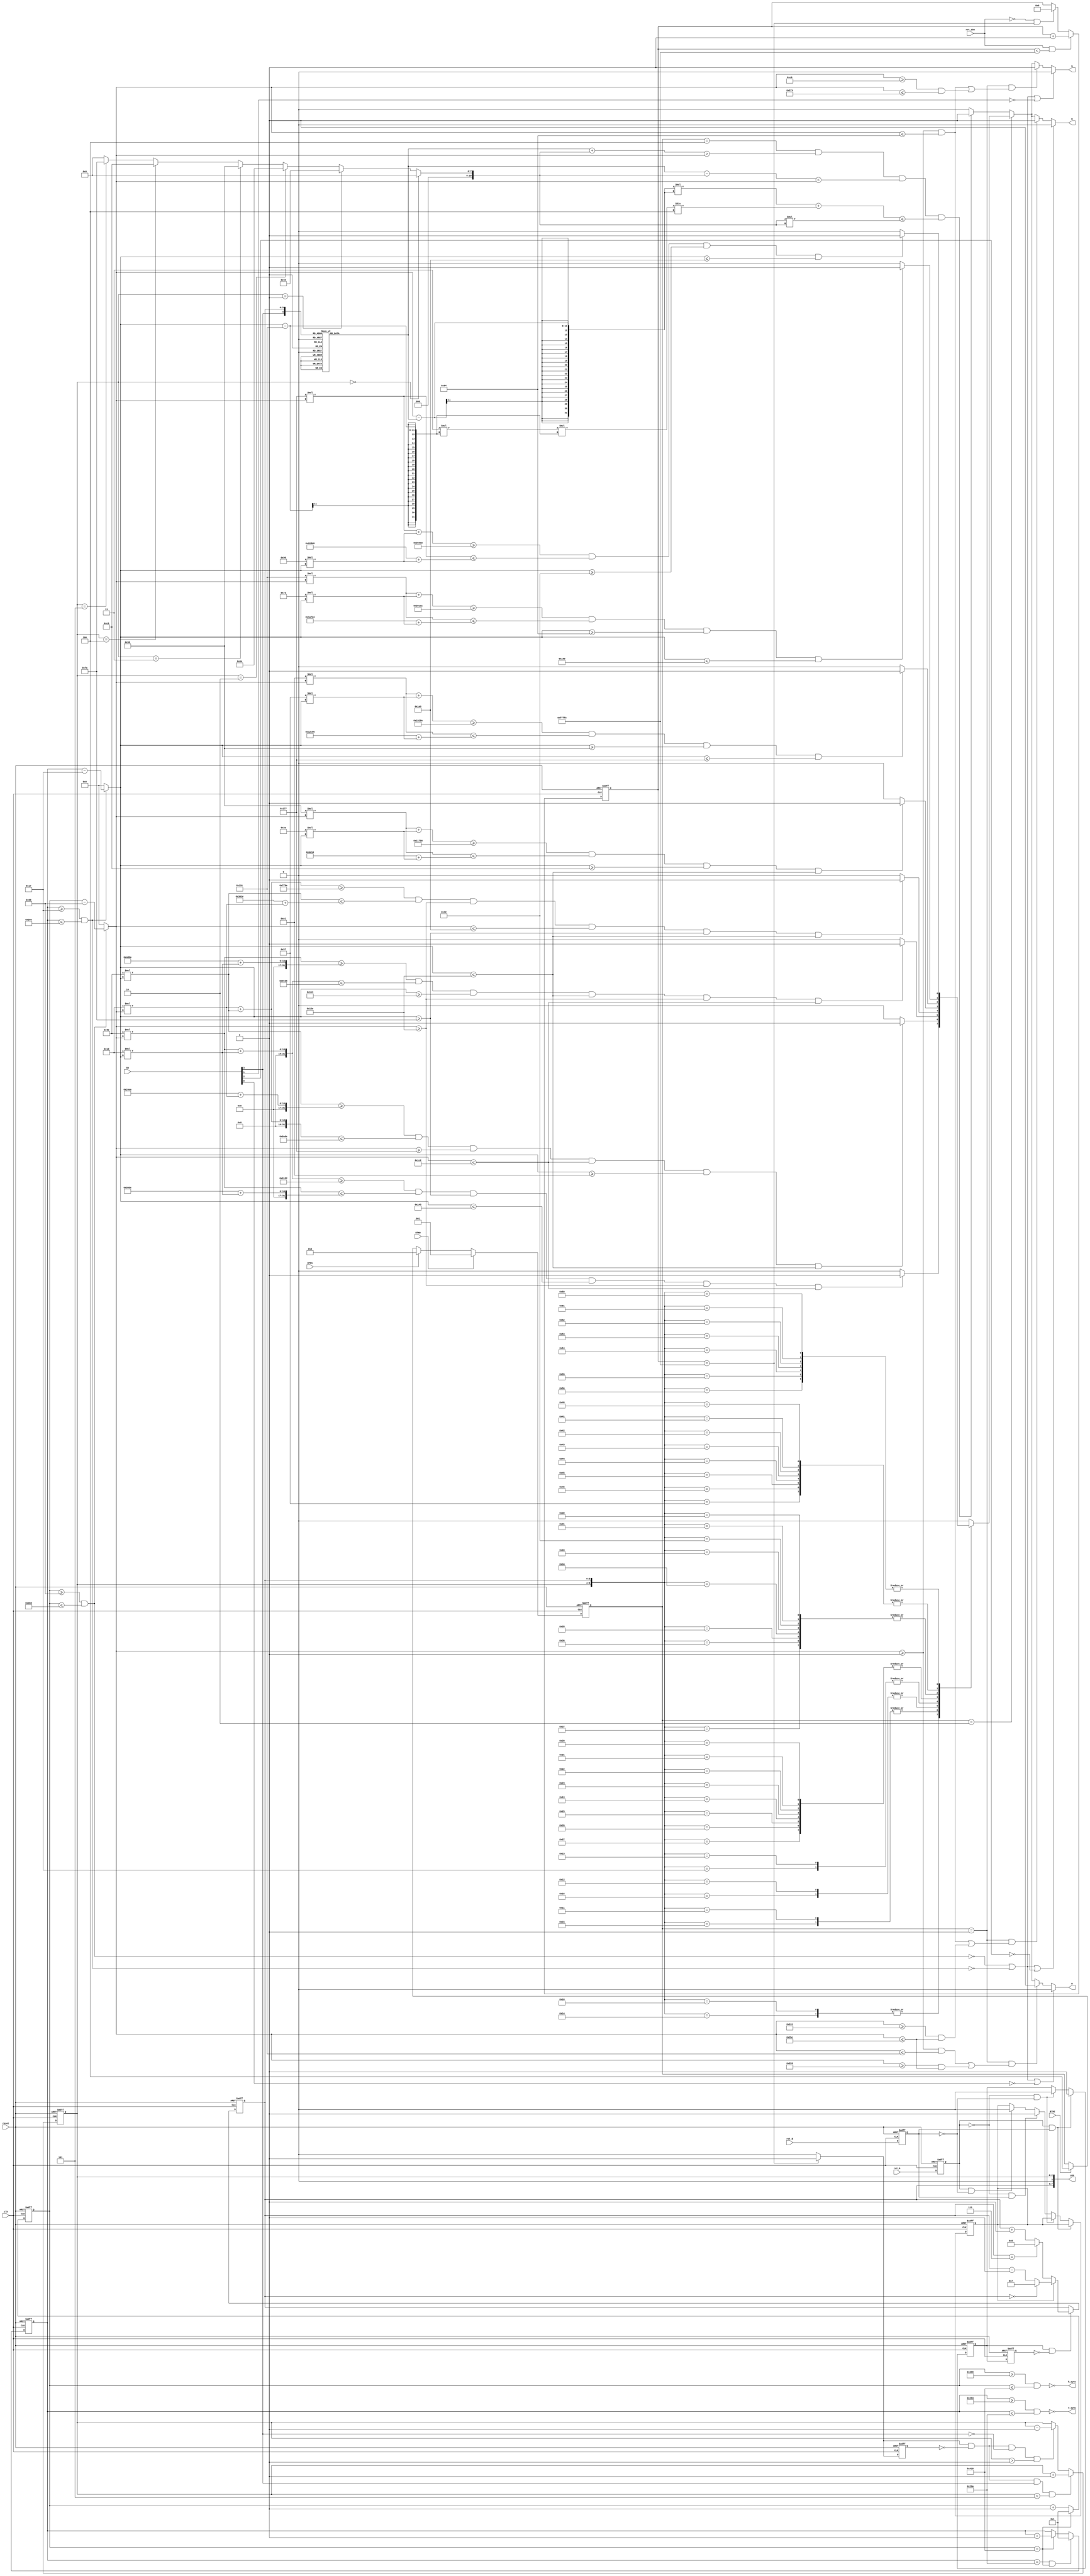
module fpga3(
    input [3:0] SW,
    input rot_A, input rot_B, input rot_dwn,
    input BTN0, input BTN1, input BTN2,
    input reset, input clk,
    output [7:0] LED,
	 output R, output G, output B,
	 output h_sync, output v_sync
    );

reg[10:0] H_scan,V_scan;
wire H_on , V_on;
wire[10:0] X_pix , Y_pix;
reg RR , GG , BB;
reg[2:0] pattn;
reg[3:0] rot_indx;
reg[19:0] debcnt;
reg scal2;
wire scal1,scal_change;
reg[2:0] pattn_scal;
reg dett_A,dett_B,deb_A,deb_B,deb_AA;
wire[10:0] RAD;
reg[10:0] X_cntr;
wire R210,R220,R230,R240,R250,R212,R214,R216/*,R222,R224,R226,R217,R211,R213,R215*/;
wire G210,G220,G230,G240,G250,G212,G214,G216;
wire B210,B220,B230,B240,B250,B212,B214,B216;


// block for H_scan: 1-1040 
always@(posedge reset or posedge clk)
	if(reset)
		H_scan= 11'h000;
	else if(H_scan== 11'd1040)
		H_scan= 11'h001;
	else
		H_scan= H_scan+11'h001; 
// block for V_scan: 1-666 
always@(posedge reset or posedge clk)
	if(reset)
		V_scan= 11'h000;
	else if(V_scan== 11'd666 && H_scan== 11'd1040 )
		V_scan= 11'h001;
	else if(H_scan== 11'd1040)
		V_scan= V_scan+11'h001; 
	else
		V_scan= V_scan;

// block for H_on and V_on
assign  H_on= (H_scan>= 11'd0105 && H_scan<= 11'd0904);
assign  V_on= (V_scan>= 11'd0023 && V_scan<= 11'd0622);
// block for h_sync and v_sync
assign  h_sync= ~(H_scan>= 11'd0921 && H_scan<= 11'd1040);
assign  v_sync= ~(V_scan>= 11'd0659 && V_scan<= 11'd0666);
// block for X_pix and Y_pix
assign  X_pix= (H_scan>=11'd0105 && H_scan<=11'd0904)? H_scan - 11'd0105 : 11'd0000;
assign  Y_pix= (V_scan>=11'd0023 && V_scan<=11'd0622)? V_scan - 11'd0023 : 11'd0000;

assign  R= RR;
assign  G= GG;            			  
assign  B= BB;

always@(*)
	if(~H_on || ~V_on || ~SW[0])
		RR=1'b0;
	else if(pattn==3'b001 && ((X_pix>=11'd0001 && X_pix<=11'd0300) || (X_pix>=11'd0601 && X_pix<=11'd0700)))
		RR= 1'b1;
	else if(pattn==3'b010)
		case({pattn_scal, rot_indx}) //3+4
			7'b0010000,7'b0010100:RR= R210;
			7'b0010001,7'b0010101:RR= R212; 
			7'b0010010,7'b0010110:RR= R214;
			7'b0010011,7'b0010111:RR= R216;
			
			7'b0100000,7'b0100001,7'b0100010,7'b0100011,
			7'b0100100,7'b0100101,7'b0100110,7'b0100111:
						RR= R220;
			7'b0110000,7'b0110001,7'b0110010,7'b0110011,   	
			7'b0110100,7'b0110101,7'b0110110,7'b0110111:
						RR= R230;
			7'b1000000,7'b1000001,7'b1000010,7'b1000011,   	
			7'b1000100,7'b1000101,7'b1000110,7'b1010111:
						RR= R240;	
			7'b1010000,7'b1010001,7'b1010010,7'b1010011,
			7'b1010100,7'b1010101,7'b1010110,7'b1010111:
						RR= R250;
			default:RR= 1'b0;
	    endcase				
	else if(pattn==3'b100 &&(X_cntr+RAD)>X_pix&&(X_cntr-RAD)<X_pix&& (X_pix-X_cntr)*(X_pix-X_cntr)+3*(Y_pix-300)*(Y_pix-300)/4<=RAD*RAD)
		RR= 1'b1;

				/*if(X_pix>=X_cntr)
			if(Y_pix >= 300)
				if((X_pix-X_cntr)*(X_pix-X_cntr)*4+3*(Y_pix-300)*(Y_pix-300)<=4*RAD*RAD)
					RR= 1'b1;
		/*else 
			if()*/
	else
		RR= 1'b0;	
// - - - - - - - - - - - subfunctional modules
//assign R210= (-75*X_pix-29*Y_pix>-37250)? 0:
//		     (-75*X_pix+29*Y_pix<-22750)? 0:
//		     (Y_pix>325)?                 0:
//		     (Y_pix<250)?                 0: 1; 

//---------------------------
assign R210= (75*X_pix+29*Y_pix>=37250 && 75*X_pix<=22750+29*Y_pix && Y_pix>=250 && Y_pix<=325 && X_pix>=350 && X_pix<=450)? 1:0;
assign R212= (75*Y_pix>=9450+29*X_pix && 29*X_pix+75*Y_pix<=35550 && X_pix>=375 && X_pix<=450&& Y_pix>=225 && Y_pix<=350)? 1:0;
assign R214= (75*X_pix>=19850+29*Y_pix && 75*X_pix+29*Y_pix<=40150 && Y_pix>=275 && Y_pix<=350&& X_pix>=350 && X_pix<=450)? 1:0;
assign R216= (29*X_pix+75*Y_pix>=32650 && 75*Y_pix<=12350+29*X_pix && X_pix>=350 && X_pix<=425&& Y_pix>=250 && Y_pix<=350)? 1:0;

assign R220= (150*X_pix+58*Y_pix>=71600 &&  150*X_pix<=48400+58*Y_pix && Y_pix>=200 && Y_pix<=350)? 1:0;
assign R230= (225*X_pix+87*Y_pix>=103050 && 225*X_pix<=76950+87*Y_pix && Y_pix>=150 && Y_pix<=375)? 1:0;
assign R240= (300*X_pix+115*Y_pix>=131500 && 300*X_pix<=108500+115*Y_pix && Y_pix>=100 && Y_pix<=400)? 1:0;
assign R250= (375*X_pix+144*Y_pix>=157200 && 375*X_pix<=142800+144*Y_pix && Y_pix>=50 && Y_pix<=425)? 1:0;

//---------------------------
//assign G210= (75*X_pix+29*Y_pix>=37250 && 75*X_pix<=22750+29*Y_pix && Y_pix>=250 && Y_pix<=325)? 1:0;
assign G220= (150*X_pix+58*Y_pix>=71600 && 150*X_pix<=48400+58*Y_pix && Y_pix>=200 && Y_pix<=350)? 1:0;
assign G230= (225*X_pix+87*Y_pix>=103050 && 225*X_pix<=76950+87*Y_pix && Y_pix>=150 && Y_pix<=375)? 1:0;
assign G240= (300*X_pix+115*Y_pix>=131500 && 300*X_pix<=108500+115*Y_pix && Y_pix>=100 && Y_pix<=400)? 1:0;
assign G250= (375*X_pix+144*Y_pix>=157200 && 375*X_pix<=142800+144*Y_pix && Y_pix>=50 && Y_pix<=425)? 1:0;

assign G210= (75*X_pix+29*Y_pix>=37250 && 75*X_pix<=22750+29*Y_pix && Y_pix>=250 && Y_pix<=325 && X_pix>=350 && X_pix<=450)? 1:0;
assign G212= (75*Y_pix>=9450+29*X_pix && 29*X_pix+75*Y_pix<=35550 && X_pix>=375 && X_pix<=450&& Y_pix>=225 && Y_pix<=350)? 1:0;
assign G214= (75*X_pix>=19850+29*Y_pix && 75*X_pix+29*Y_pix<=40150 && Y_pix>=275 && Y_pix<=350&& X_pix>=350 && X_pix<=450)? 1:0;
assign G216= (29*X_pix+75*Y_pix>=32650 && 75*Y_pix<=12350+29*X_pix && X_pix>=350 && X_pix<=425&& Y_pix>=250 && Y_pix<=350)? 1:0;
//---------------------------
//assign B210= (75*X_pix+29*Y_pix>=37250 && 75*X_pix<=22750+29*Y_pix && Y_pix>=250 && Y_pix<=325)? 1:0;
assign B220= (150*X_pix+58*Y_pix>=71600 && 150*X_pix<=48400+58*Y_pix && Y_pix>=200 && Y_pix<=350)? 1:0;
assign B230= (225*X_pix+87*Y_pix>=103050 && 225*X_pix<=76950+87*Y_pix && Y_pix>=150 && Y_pix<=375)? 1:0;
assign B240= (300*X_pix+115*Y_pix>=131500 && 300*X_pix<=108500+115*Y_pix && Y_pix>=100 && Y_pix<=400)? 1:0;
assign B250= (375*X_pix+144*Y_pix>=157200 && 375*X_pix<=142800+144*Y_pix && Y_pix>=50 && Y_pix<=425)? 1:0;
/*
assign B212= (75*Y_pix>=9450+29*X_pix && 29*X_pix+75*Y_pix<=35550 && X_pix>=375 && X_pix<=450)? 1:0;
assign B216= (29*X_pix+75*Y_pix>=32650 && 75*Y_pix<=12350+29*X_pix && X_pix>=350 && X_pix<=425)? 1:0;
assign B214= (75*X_pix>=19850+29*Y_pix && 75*X_pix+29*Y_pix<=40150 && Y_pix>=275 && Y_pix<=350)? 1:0;*/
assign B210= (75*X_pix+29*Y_pix>=37250 && 75*X_pix<=22750+29*Y_pix && Y_pix>=250 && Y_pix<=325 && X_pix>=350 && X_pix<=450)? 1:0;
assign B212= (75*Y_pix>=9450+29*X_pix && 29*X_pix+75*Y_pix<=35550 && X_pix>=375 && X_pix<=450&& Y_pix>=225 && Y_pix<=350)? 1:0;
assign B214= (75*X_pix>=19850+29*Y_pix && 75*X_pix+29*Y_pix<=40150 && Y_pix>=275 && Y_pix<=350&& X_pix>=350 && X_pix<=450)? 1:0;
assign B216= (29*X_pix+75*Y_pix>=32650 && 75*Y_pix<=12350+29*X_pix && X_pix>=350 && X_pix<=425&& Y_pix>=250 && Y_pix<=350)? 1:0;

/*assign R222= (150*Y_pix>=9450*2+58*X_pix && 58*X_pix+150*Y_pix<=35550*2 && X_pix>=300 && X_pix<=475)? 1:0;
assign R224= (150*X_pix>=19850*2+58*Y_pix && 150*X_pix+58*Y_pix<=2*40150 && Y_pix>=175 && Y_pix<=375)? 1:0;
assign R226= (58*X_pix+150*Y_pix>=32650*2 && 150*Y_pix<=12350*2+58*X_pix && X_pix>=300 && X_pix<=600)? 1:0;*/

     /*
assign R211= (22*X_pix+83*Y_pix>=31565 && 83*X_pix+22*Y_pix<=41935 && 61*X_pix-61*Y_pix>=3965)? 1:0;
assign R215= (-83*X_pix-22*Y_pix<=-37665 && -22*X_pix-83*Y_pix>=-35835 && 61*X_pix-61*Y_pix<=8235)? 1:0;
assign R213= (61*X_pix+61*Y_pix>=40565 && 83*X_pix-22*Y_pix<=28735 && -22*X_pix+83*Y_pix<=18235)? 1:0;
assign R217= (83*X_pix-22*Y_pix>=24465 && 22*X_pix-83*Y_pix<=-13965 && -61*X_pix-61*Y_pix>=-44835)? 1:0;
*/

always@(*)
	if(~H_on || ~V_on || ~SW[1])
		GG=1'b0;
	else if(pattn==3'b001 && ((X_pix>=11'd0001 && X_pix<=11'd0100) || (X_pix>=11'd0201 && X_pix<=11'd0500)))
		GG= 1'b1;
	else if(pattn==3'b010)
		case({pattn_scal, rot_indx}) //3+4
			7'b0010000,7'b0010100:GG= G210;
			7'b0010001,7'b0010101:GG= G212; 
			7'b0010010,7'b0010110:GG= G214;
			7'b0010011,7'b0010111:GG= G216;
			
			7'b0100000,7'b0100001,7'b0100010,7'b0100011,
			7'b0100100,7'b0100101,7'b0100110,7'b0100111:
						GG= G220;
			7'b0110000,7'b0110001,7'b0110010,7'b0110011,   	
			7'b0110100,7'b0110101,7'b0110110,7'b0110111:
						GG= G230;
			7'b1000000,7'b1000001,7'b1000010,7'b1000011,   	
			7'b1000100,7'b1000101,7'b1000110,7'b1010111:
						GG= G240;	
			7'b1010000,7'b1010001,7'b1010010,7'b1010011,
			7'b1010100,7'b1010101,7'b1010110,7'b1010111:
						GG= G250;
			default:GG= 1'b0; 
	    endcase				
	else if(pattn==3'b100 &&(X_cntr+RAD)>X_pix&&(X_cntr-RAD)<X_pix&& (X_pix-X_cntr)*(X_pix-X_cntr)+3*(Y_pix-300)*(Y_pix-300)/4<=RAD*RAD)
		GG= 1'b1;
		/*temp = 
		if(X_pix>=X_cntr)begin
			if(Y_pix >= 300)begin
				if((X_pix-X_cntr)*(X_pix-X_cntr)*4+3*(Y_pix-300)*(Y_pix-300)<=4*RAD*RAD)
					GG= 1'b1;
			end else begin
				if((X_pix-X_cntr)*(X_pix-X_cntr)*4+3*(300-Y_pix)*(300-Y_pix)<=4*RAD*RAD)
					GG= 1'b1;
			end
		end else begin
			if(Y_pix >= 300)begin
				if((X_cntr-X_pix)*(X_cntr-X_pix)*4+3*(Y_pix-300)*(Y_pix-300)<=4*RAD*RAD)
					GG= 1'b1;
			end else begin
				if((X_cntr-X_pix)*(X_cntr-X_pix)*4+3*(300-Y_pix)*(300-Y_pix)<=4*RAD*RAD)
					GG= 1'b1;
			end
		end
*/
	else                                         
		GG= 1'b0;
// - - - - - - - - - - - - subfunctional modules


always@(*)
	if(~H_on || ~V_on || ~SW[2])
		BB=1'b0;
	else if(pattn==3'b001 && ((X_pix>=11'd0001 && X_pix<=11'd0100) || (X_pix>=11'd0401 && X_pix<=11'd0700)))
		BB= 1'b1;
    else if(pattn==3'b010)
		case({pattn_scal, rot_indx}) //3+4
			7'b0010000,7'b0010100:BB= B210;
			7'b0010001,7'b0010101:BB= B212; 
			7'b0010010,7'b0010110:BB= B214;
			7'b0010011,7'b0010111:BB= B216;
			
			7'b0100000,7'b0100001,7'b0100010,7'b0100011,
			7'b0100100,7'b0100101,7'b0100110,7'b0100111:
						BB= B220;
			7'b0110000,7'b0110001,7'b0110010,7'b0110011,   	
			7'b0110100,7'b0110101,7'b0110110,7'b0110111:
						BB= B230;
			7'b1000000,7'b1000001,7'b1000010,7'b1000011,   	
			7'b1000100,7'b1000101,7'b1000110,7'b1010111:
						BB= B240;	
			7'b1010000,7'b1010001,7'b1010010,7'b1010011,
			7'b1010100,7'b1010101,7'b1010110,7'b1010111:
						BB= B250;
			default:BB= 1'b0;
	    endcase				
	else if(pattn==3'b100 &&(X_cntr+RAD)>X_pix&&(X_cntr-RAD)<X_pix&& (X_pix-X_cntr)*(X_pix-X_cntr)+3*(Y_pix-300)*(Y_pix-300)/4<=RAD*RAD)
		BB= 1'b1;

	else
		BB= 1'b0;
// - - - - - - - - subfunctional modules


// block for operating mode settings
always@(posedge reset or posedge clk)
	if(reset)
		pattn<= 3'b000;           
	else if(BTN0)
		pattn<= 3'b001;      // display of 8 vertical bars
	else if(BTN1)
		pattn<= 3'b010;      // display of triangle 
	else if(BTN2)
		pattn<= 3'b100;      // display of circles
	else
		pattn<= pattn;

// block for pattn-scaling settings
always@(posedge reset or posedge clk)
	if(reset)
		debcnt= 20'h00000; 
	else if(rot_dwn && debcnt<20'hFFFFE)
		debcnt= debcnt+20'h00001;
	else if(~rot_dwn && debcnt==20'hffffe)
		debcnt= 20'h00000;
	else if(~rot_dwn && debcnt!=20'h00000)
		debcnt= debcnt;
	else
		debcnt= debcnt;

assign scal1= (debcnt== 20'hFFFFE)? 1 : 0;

always@(posedge reset or posedge clk)
	if(reset)
		scal2= 1'b0;
	else
		scal2= scal1; 

assign scal_change= scal1 && ~scal2;
 
always@(posedge reset or negedge clk)
	if(reset)
		pattn_scal= 3'b001;
	else if(scal_change && SW[3] && pattn_scal<3'h5)
		pattn_scal= pattn_scal+3'b001;
	else if(scal_change && ~SW[3] && pattn_scal>3'h1)
		pattn_scal= pattn_scal-3'b001;
	else
		pattn_scal= pattn_scal;

// rot_indx:  as rotation index in triangle display mode
//       :  as relocation index in circle display mode

always@(posedge reset or negedge clk)
	if(reset)
		rot_indx= 4'h0;
	else if(deb_A & ~deb_AA)
		if(deb_B)    
		    rot_indx= (rot_indx==4'h0)? 4'h7 : rot_indx- 4'h1;
		else
			rot_indx= (rot_indx==4'h7)? 4'h0 : rot_indx+ 4'h1;
	else
		rot_indx= rot_indx;				

always@(posedge reset or posedge clk)
	if(reset)
		begin
			dett_A=1'b1;
			dett_B=1'b1;
        end
	else
		begin
			dett_A=rot_A;
			dett_B=rot_B;
        end 
									 								 
always@(posedge reset or posedge clk) 
	if(reset)
		begin
			deb_A=1'b1;
			deb_B=1'b1;
        end
	else if(dett_A && dett_B)
		begin
			deb_A=1'b1;
            deb_B=deb_B;
        end
	else if(~dett_A && ~dett_B)
		begin
			deb_A=1'b0;
            deb_B=deb_B;
        end
	else if(~dett_A && dett_B)
		begin
			deb_A=deb_A;
            deb_B=1'b1;
        end
	else if(dett_A && ~dett_B)
		begin
			deb_A=deb_A; 
         deb_B=1'b0;
        end
									  
always@(posedge reset or posedge clk)
	if(reset)
		deb_AA= 1'b1;
	else
		deb_AA= deb_A;    // relationship btw deb_A and deb_AA?
		

assign RAD= (pattn_scal== 3'b000)? 11'd000 :
            (pattn_scal== 3'b001)? 11'd050 :
				(pattn_scal== 3'b010)? 11'd100 :
				(pattn_scal== 3'b011)? 11'd150 :
				(pattn_scal== 3'b100)? 11'd200 :
				(pattn_scal== 3'b101)? 11'd250 : 
								   11'd000;

always@(*)
	case({SW[3], rot_indx})
		5'h11:  X_cntr= 11'd430;
		5'h12:  X_cntr= 11'd450;
		5'h13:  X_cntr= 11'd470;
		5'h14:  X_cntr= 11'd500;
		5'h15:  X_cntr= 11'd530;
		5'h16:  X_cntr= 11'd550;
		5'h17:  X_cntr= 11'd570;
		5'h01:  X_cntr= 11'd370;
		5'h02:  X_cntr= 11'd350;
		5'h03:  X_cntr= 11'd330;
		5'h04:  X_cntr= 11'd300;
		5'h05:  X_cntr= 11'd270;
		5'h06:  X_cntr= 11'd250;
		5'h07:  X_cntr= 11'd230;
		default:X_cntr= 11'd400;
	endcase		
	
assign LED[7:0]= {rot_indx, 1'b0, pattn_scal};
	
endmodule